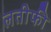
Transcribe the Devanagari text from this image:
लतीफी